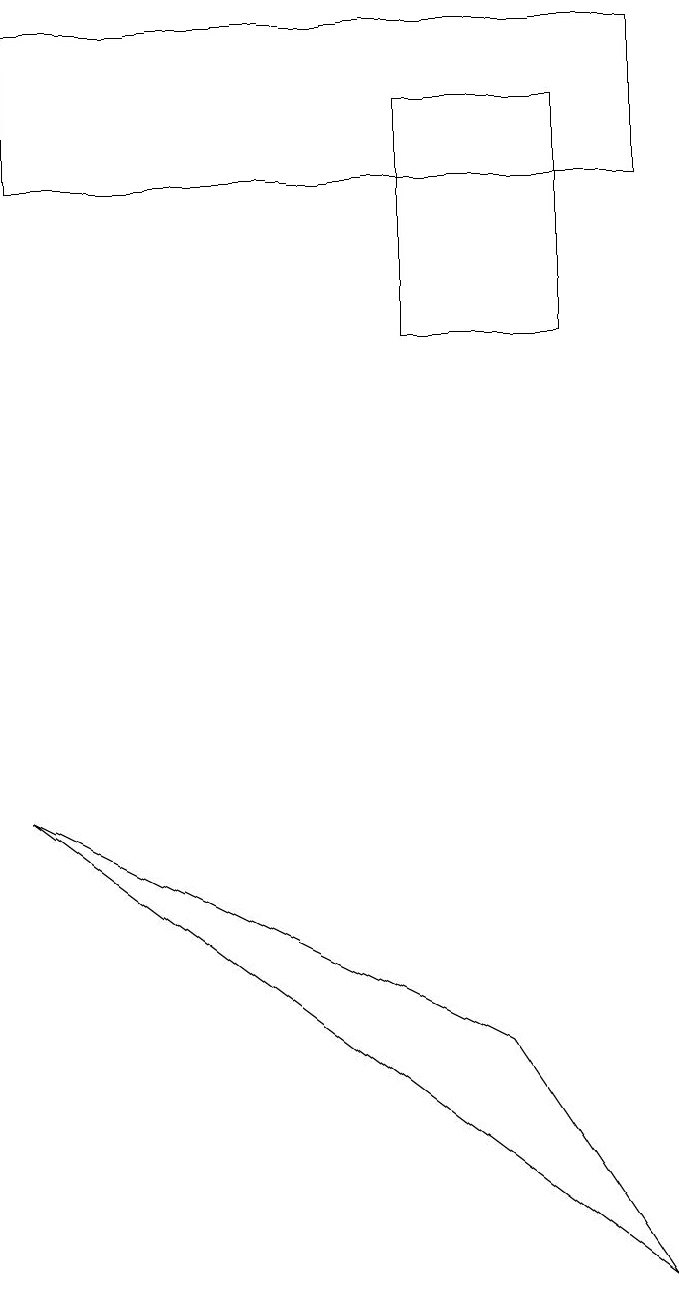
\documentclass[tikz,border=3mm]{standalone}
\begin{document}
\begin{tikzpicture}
\draw (5,17) rectangle (7,14);
\draw (8,18) rectangle (0,16);
\draw (8,2) -- (6,5) -- (0,8) -- cycle;
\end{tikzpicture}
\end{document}